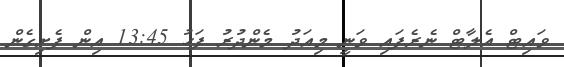
ވައިޓް އެލާޓް ނެރެފައި ވަނީ މިއަދު މެންދުރު ފަހު 13:45 އިން ފެށިގެން